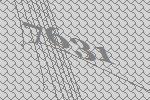
7631